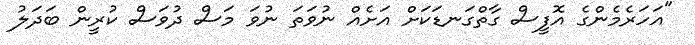
"އަހަރެމެންގެ އޮފީސް ގާތްގަނޑަކަށް އަށެއް ނުވަތަ ނުވަ މަސް ދުވަސް ކުރީން ބަދަލު